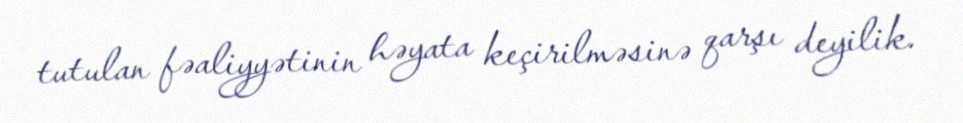
tutulan fəaliyyətinin həyata keçirilməsinə qarşı deyilik.